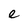
Character: e